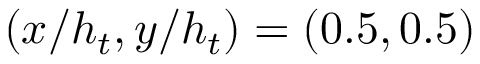
( x / h _ { t } , y / h _ { t } ) = ( 0 . 5 , 0 . 5 )